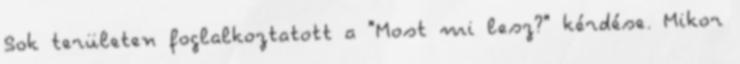
Sok területen foglalkoztatott a "Most mi lesz?" kérdése. Mikor